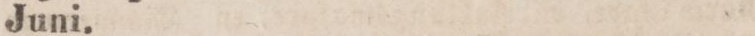
Juni.